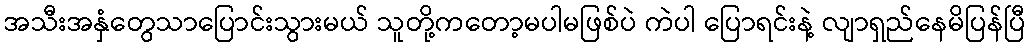
အသီးအနှံတွေသာပြောင်းသွားမယ် သူတို့ကတော့မပါမဖြစ်ပဲ ကဲပါ ပြောရင်းနဲ့ လျာရှည်နေမိပြန်ပြီ